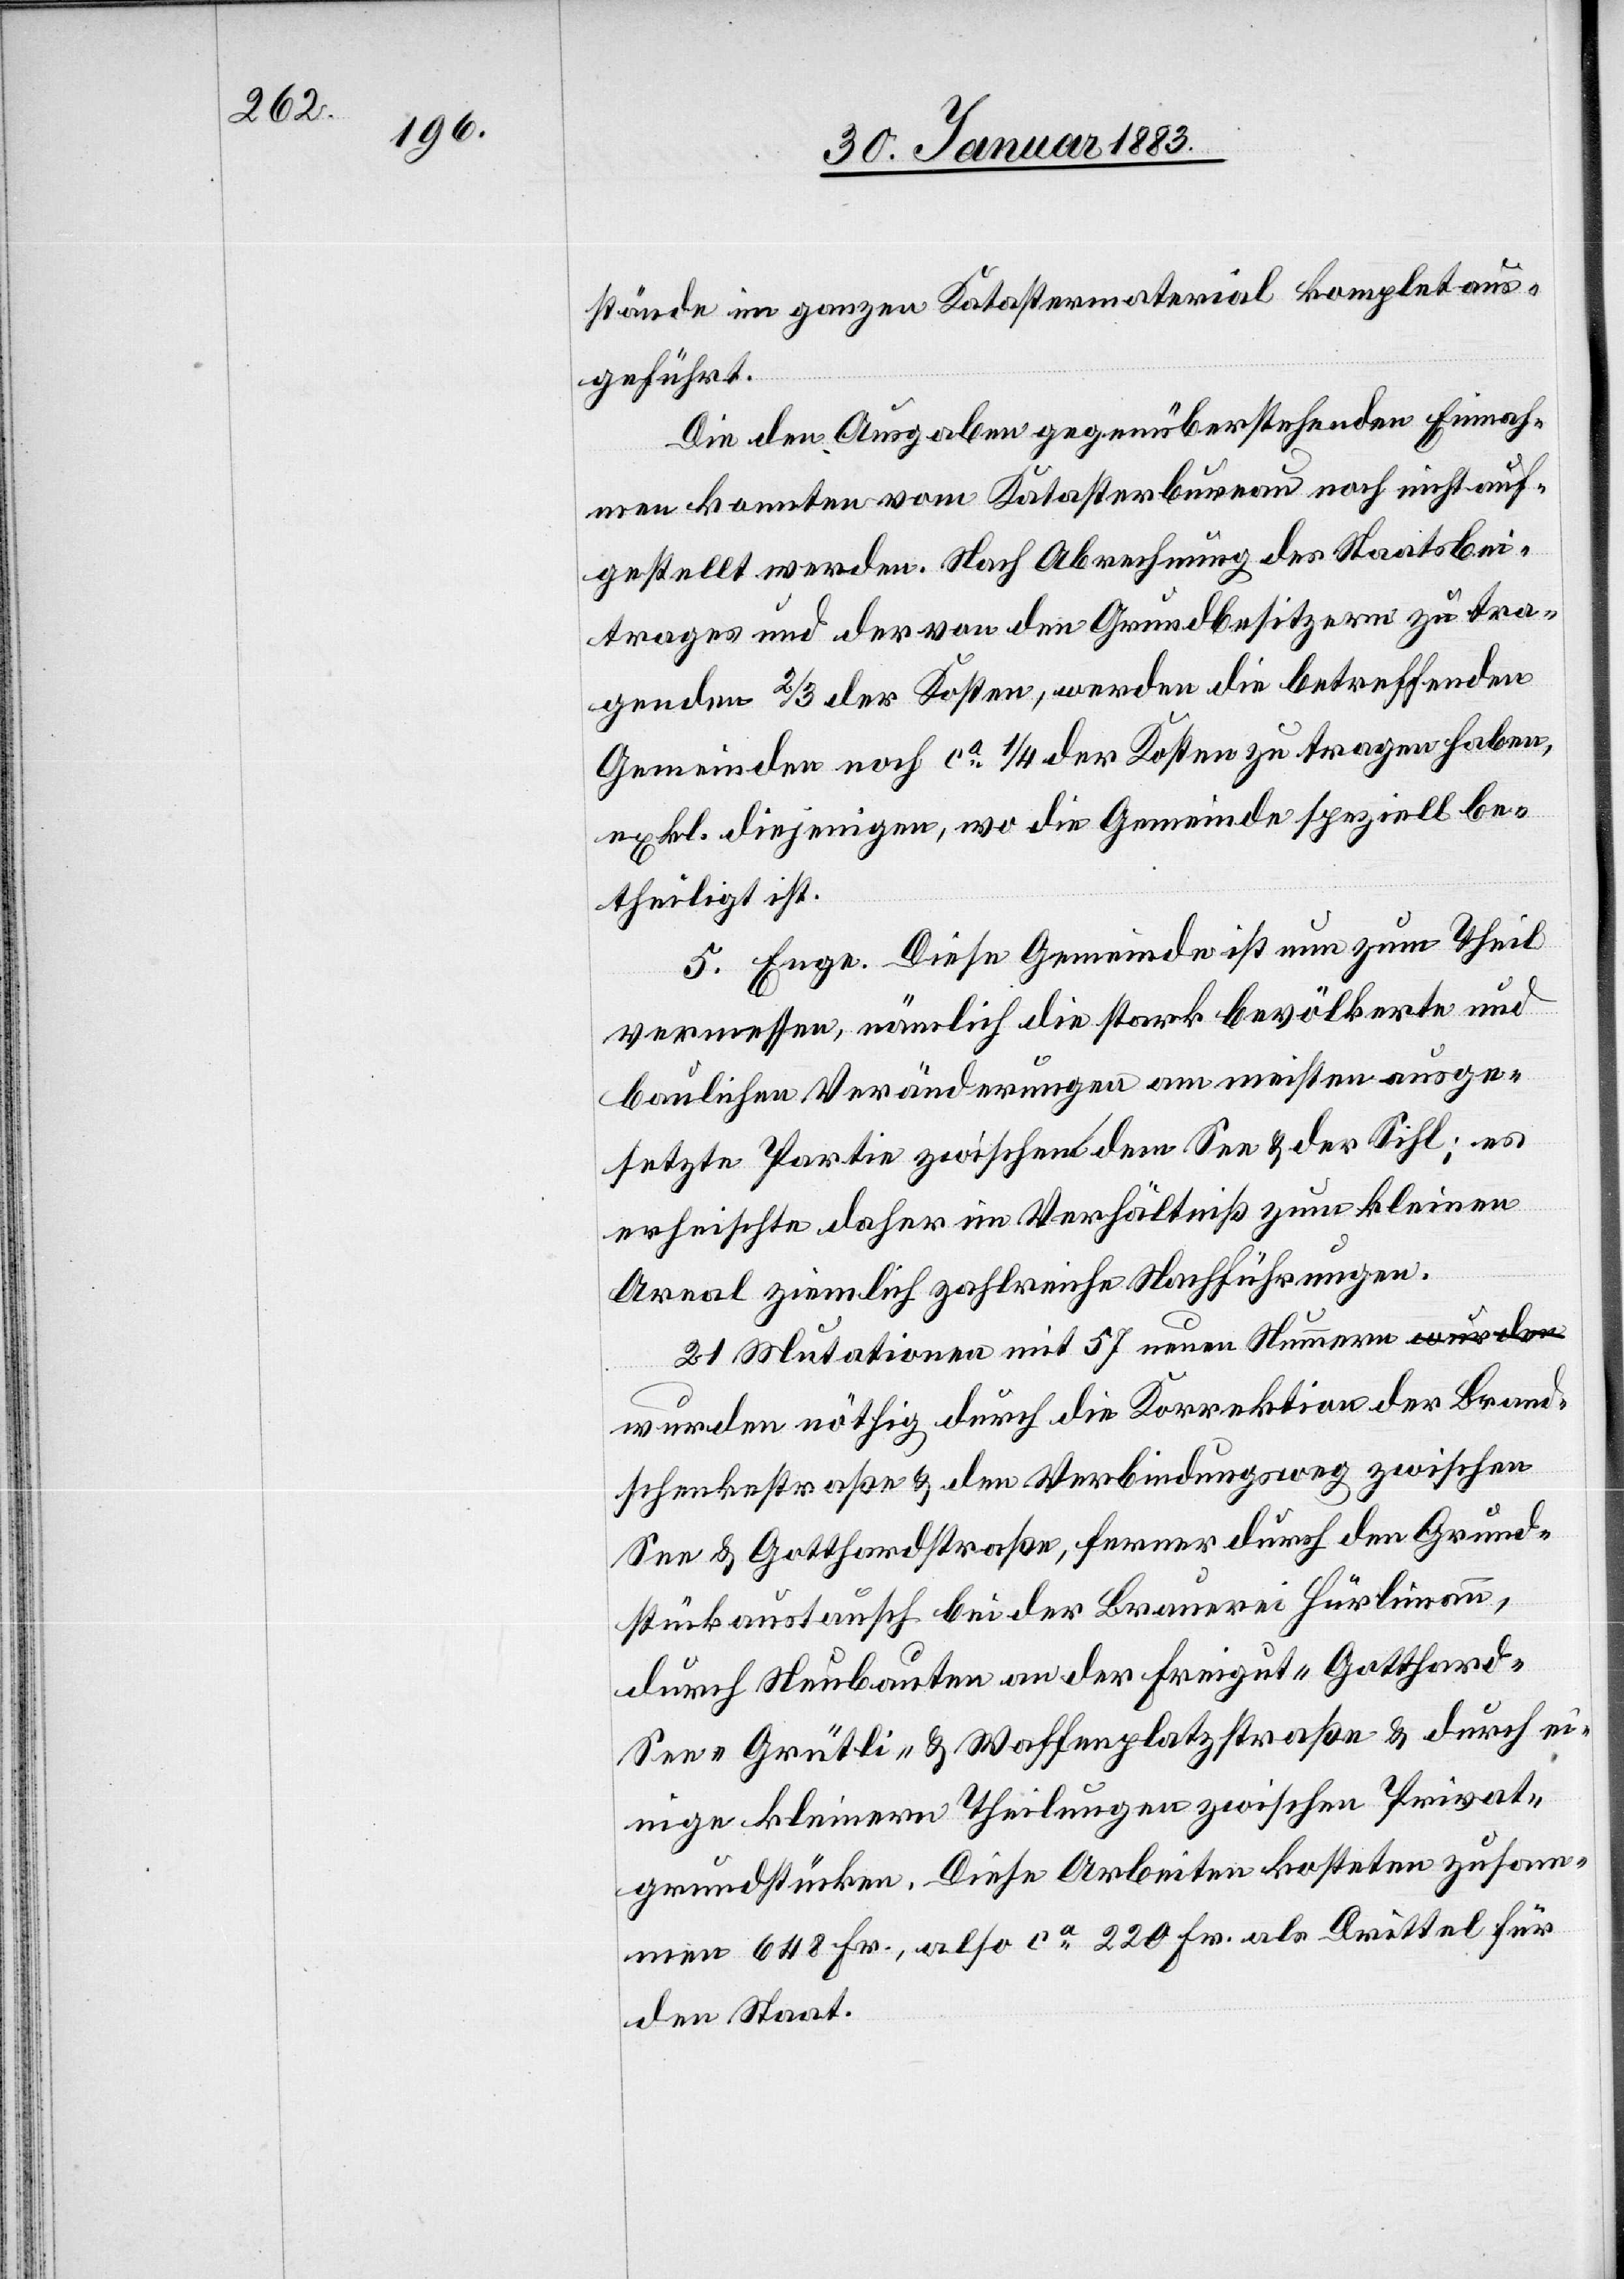
Brand¬

stände im ganzen Katastermaterial komplet aus¬
geführt.
Die den Ausgaben gegenüberstehenden Einnah¬
men konnten vom Katasterbureau noch nicht auf¬
gestellt werden. Nach Abrechnung des Staatsbei¬
trages und der von den Grundbesitzern zu tra¬
genden 2/3 der Kosten, werden die betreffenden
Gemeinden noch ca 1/4 der Kosten zu tragen haben,
exkl. diejenigen, wo die Gemeinde speziell be¬
theiligt ist.
5. Enge. Diese Gemeinde ist nun zum Theil
vermessen, nämlich die stark bevölkerte und
baulichen Veränderungen am meisten ausge¬
setzte Partie zwischen dem See & der Sihl; es
erheischte daher im Verhältniß zum kleinen
Areal ziemlich zahlreiche Nachführungen.
21 Mutationen mit 57 neuen Nummern wurden
schenkestraße & den Verbindungsweg zwischen
See & Gotthardstraße, ferner durch den Grund¬
stückaustausch bei der Brauerei Hürlimann,
durch Neubauten an der Freigut- Gotthard-
See- Grütli- & Waffenplatzstraße & durch ei¬
nige kleinere Theilungen zwischen Privat¬
grundstücken. Diese Arbeiten kosteten zusam¬
men 648 Fr., also ca 220 Fr. als Drittel für
den Staat.